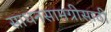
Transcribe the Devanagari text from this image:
साधनसामग्रीसाठी